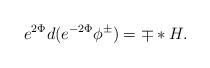
LaTeX: \begin{align*}e^{2\Phi}d(e^{-2\Phi}\phi^{\pm}) = \mp *H .\end{align*}